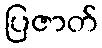
ပြဇာတ်